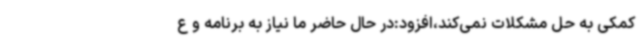
کمکی به حل مشکلات نمی‌کند،افزود:در حال حاضر ما نیاز به برنامه و ع